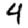
Digit: 4